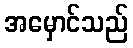
အမှောင်သည်